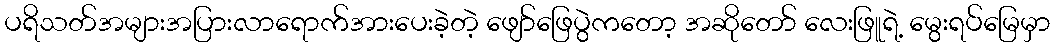
ပရိသတ်အများအပြားလာရောက်အားပေးခဲ့တဲ့ ဖျော်ဖြေပွဲကတော့ အဆိုတော် လေးဖြူရဲ့ မွေးရပ်မြေမှာ